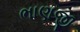
ભાણજી